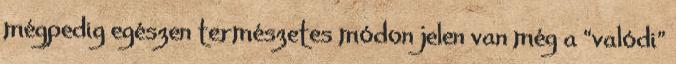
mégpedig egészen természetes módon jelen van még a “valódi”